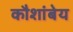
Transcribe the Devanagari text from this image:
कौशांबेय